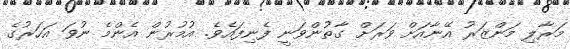
މަރާލި މަންޒަރު އޭނާއަށް ވަރަށް ގާތުންވަނީ ފެނިފައެވެ. އުމުރުން އެންމެ ނުވަ އަހަރުގެ